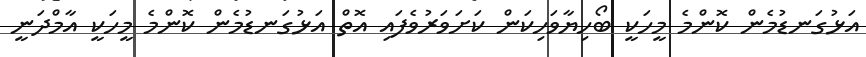
އަޅުގަނޑުމެން ކޮންމެ މީހަކީ ބޯހިޔާވަހިކަން ކަށަވަރުވެފައި އޮތް އަޅުގަނޑުމެން ކޮންމެ މީހަކީ އާމްދަނީ